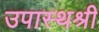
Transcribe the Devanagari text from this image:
उपास्थश्री